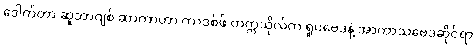
ဒေါက်တာ ဆူဘာဂျစ် ဆာကာဟာ ကာဒစ်ဖ် တက္ကသိုလ်က ရူပဗေဒနဲ့ အာကာသဗေဒဆိုင်ရာ